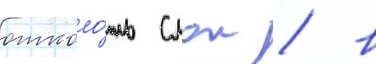
отколо́ть слои / в